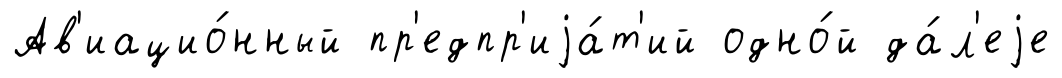
Ав'иацио́нный пр'едпр'иjа́т'ий одно́й да́л'еjе